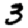
Digit: 3